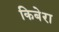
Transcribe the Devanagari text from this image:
किबेरा